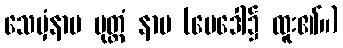
သေမှံနာမ မုတ္ထံ နာမ (မေဒေါ၌ ထူး၏။)